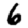
Digit: 6